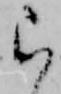
ら